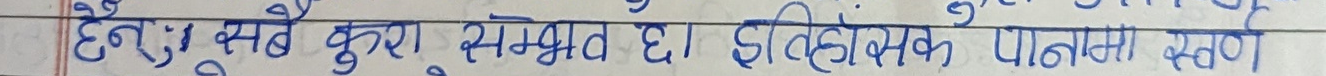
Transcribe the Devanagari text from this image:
हे रू सबै कुरा संभव छ। इतिहासिक पोहला स्थान